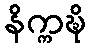
နိက္ကဍ္ဎိ